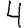
Digit: 4